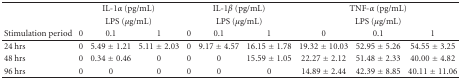
<table><thead><tr><td></td><td colspan="3"><b>IL-1<i>α</i> (pg/mL)</b></td><td colspan="3"><b>IL-1<i>β</i> (pg/mL)</b></td><td colspan="3"><b>TNF-<i>α</i> (pg/mL)</b></td></tr><tr><td><b> </b></td><td colspan="3"><b>LPS (<i>μ</i>g/mL)</b></td><td colspan="3"><b>LPS (<i>μ</i>g/mL)</b></td><td colspan="3"><b>LPS (<i>μ</i>g/mL)</b></td></tr><tr><td><b>Stimulation period</b></td><td><b>0</b></td><td><b>0.1</b></td><td><b>1</b></td><td><b>0</b></td><td><b>0.1</b></td><td><b>1</b></td><td><b>0</b></td><td><b>0.1</b></td><td><b>1</b></td></tr></thead><tbody><tr><td>24 hrs</td><td>0</td><td>5.49 ± 1.21</td><td>5.11 ± 2.03</td><td>0</td><td>9.17 ± 4.57</td><td>16.15 ± 1.78</td><td>19.32 ± 10.03</td><td>52.95 ± 5.26</td><td>54.55 ± 3.25</td></tr><tr><td>48 hrs</td><td>0</td><td>0.34 ± 0.46</td><td>0</td><td>0</td><td>0</td><td>15.59 ± 1.05</td><td>22.27 ± 2.12</td><td>51.48 ± 2.33</td><td>40.00 ± 4.82</td></tr><tr><td>96 hrs</td><td>0</td><td>0</td><td>0</td><td>0</td><td>0</td><td>0</td><td>14.89 ± 2.44</td><td>42.39 ± 8.85</td><td>40.11 ± 11.06</td></tr></tbody></table>